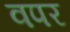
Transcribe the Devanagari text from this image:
वपर